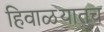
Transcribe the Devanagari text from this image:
हिवाळयातच